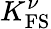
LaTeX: K_{\mathrm{FS}}^{\nu}